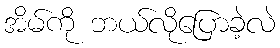
အိမ်ကို ဘယ်လိုပြောခဲ့လဲ